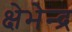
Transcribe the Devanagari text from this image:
क्षेभेन्द्र